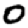
Digit: 0